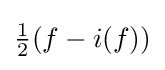
{\tfrac {1}{2}}(f-i(f))